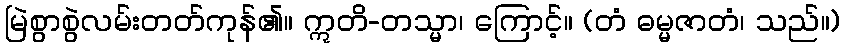
မြဲစွာစွဲလမ်းတတ်ကုန်၏။ ဣတိ-တသ္မာ၊ ကြောင့်။ (တံ ဓမ္မဇာတံ၊ သည်။)